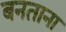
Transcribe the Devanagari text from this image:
बनताना